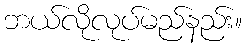
ဘယ်လိုလုပ်မည်နည်း။